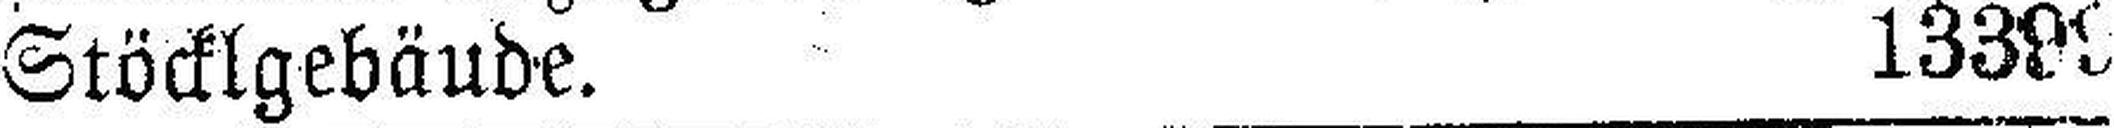
Stöcklgebäude. 13399